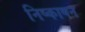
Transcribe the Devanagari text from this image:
निष्काषन